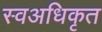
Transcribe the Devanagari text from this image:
स्वअधिकृत